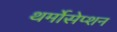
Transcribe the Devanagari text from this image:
थर्मोसेप्शन